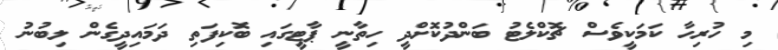
މި ހުރިހާ ކަމަކީވެސް ޗޮކްލެޓު ބަންދުކޮށްދީ ހިތާނީ ޕާޓީގައި ބޮކިފަތި ދަމައިދީގެން ލިބުނު